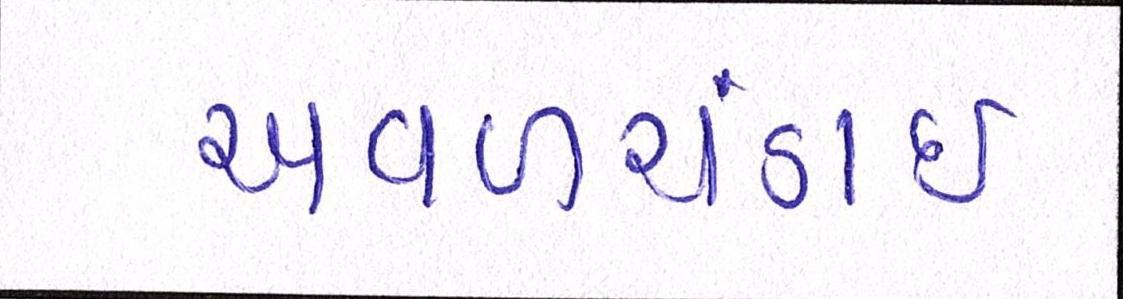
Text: અવળચંડાઇ